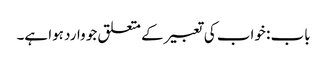
باب : خواب کی تعبیر کے متعلق جو وارد ہوا ہے۔